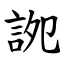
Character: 䛄